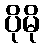
ပိုမို